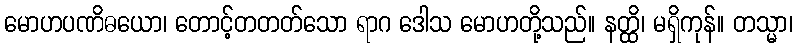
မောဟပဏိဓယော၊ တောင့်တတတ်သော ရာဂ ဒေါသ မောဟတို့သည်။ နတ္ထိ၊ မရှိကုန်။ တသ္မာ၊